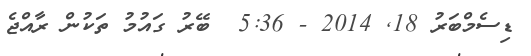
ޑިސެމްބަރު 18